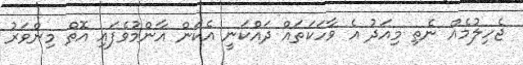
ޖެހިލުމެއް ނެތި މިއަދު އެ ވާހަކަތައް ދައްކަނީ އެކަން އާންމުވެފައި އޮތް މިންވަރު